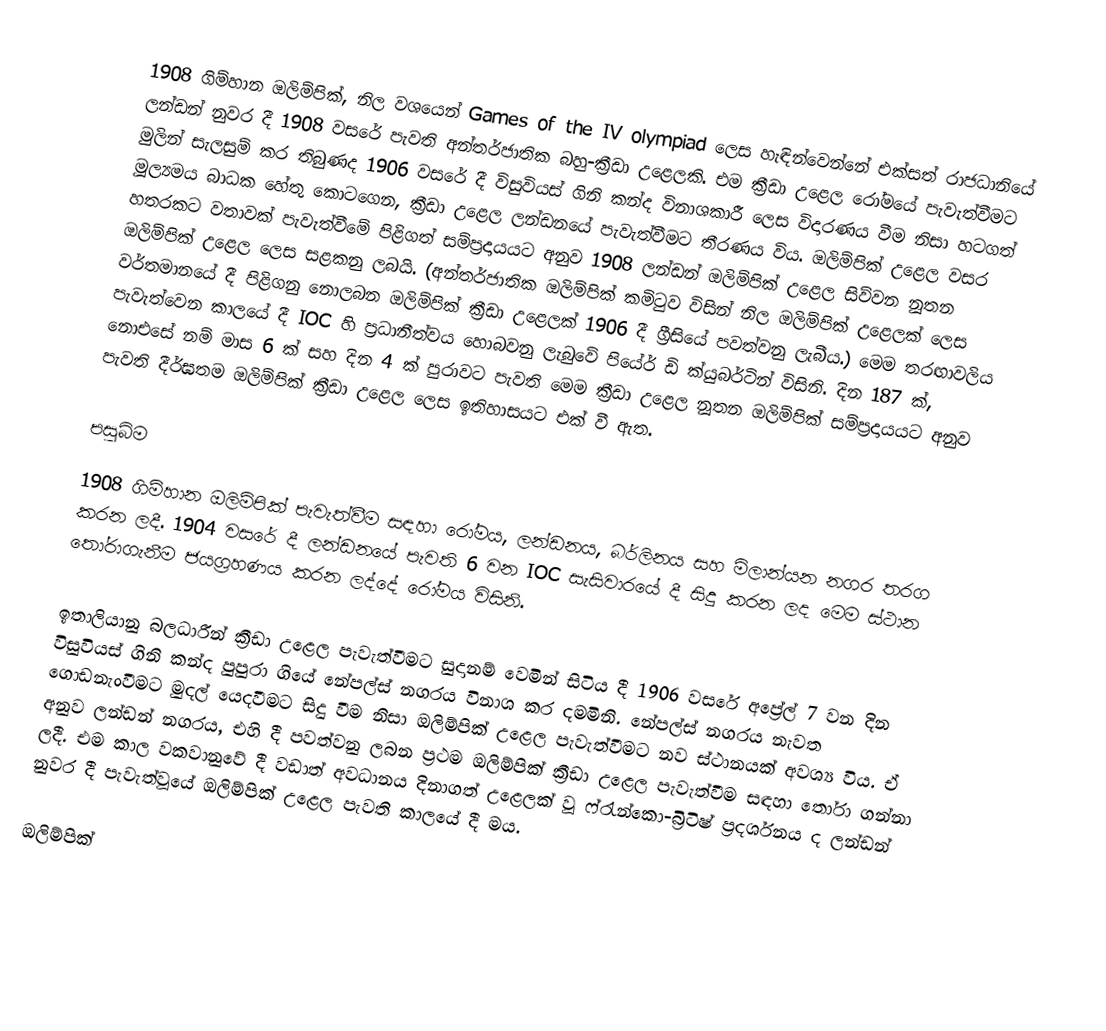
1908 ගිම්හාන ඔලිම්පික්, නිල වශයෙන් Games of the IV olympiad ලෙස හැඳින්වෙන්නේ එක්සත් රාජධානියේ ලන්ඩන් නුවර දී 1908 වසරේ පැවති අන්තර්ජාතික බහු-ක්‍රීඩා උළෙලකි. එම ක්‍රීඩා උළෙල රෝමයේ පැවැත්වීමට මුලින් සැලසුම් කර තිබුණද 1906 වසරේ දී විසුවියස් ගිනි කන්ද විනාශකාරී ලෙස විදාරණය වීම නිසා හටගත් මූල්‍යමය බාධක හේතු කොටගෙන, ක්‍රීඩා උළෙල ලන්ඩනයේ පැවැත්වීමට තීරණය විය. ඔලිම්පික් උළෙල වසර හතරකට වතාවක් පැවැත්වීමේ පිළිගත් සම්ප්‍රදායයට අනුව 1908 ලන්ඩන් ඔලිම්පික් උළෙල සිව්වන නූතන ඔලිම්පික් උළෙල ලෙස සළකනු ලබයි. (අන්තර්ජාතික ඔලිම්පික් කමිටුව විසින් නිල ඔලිම්පික් උළෙලක් ලෙස වර්තමානයේ දී පිළිගනු නොලබන ඔලිම්පික් ක්‍රීඩා උළෙලක් 1906 දී ග්‍රීසියේ පවත්වනු ලැබීය.) මෙම තරඟාවලිය පැවැත්වෙන කාලයේ දී IOC හි ප්‍රධානීත්වය හොබවනු ලැබුවේ පියේර් ඩි ක්යුබර්ටින් විසිනි. දින 187 ක්, නොඑසේ නම් මාස 6 ක් සහ දින 4 ක් පුරාවට පැවති මෙම ක්‍රීඩා උළෙල නූතන ඔලිම්පික් සම්ප්‍රදායයට අනුව පැවති දීර්ඝතම ඔලිම්පික් ක්‍රීඩා උළෙල ලෙස ඉතිහාසයට එක් වී ඇත.

පසුබිම
1908 ගිම්හාන ඔලිම්පික් පැවැත්වීම සඳහා රෝමය, ලන්ඩනය, බර්ලිනය සහ මිලාන්යන නගර තරග කරන ලදී. 1904 වසරේ දී ලන්ඩනයේ පැවති 6 වන IOC සැසිවාරයේ දී සිදු කරන ලද මෙම ස්ථාන තෝරාගැනීම ජයග්‍රහණය කරන ලද්දේ රෝමය විසිනි.

ඉතාලියානු බලධාරීන් ක්‍රීඩා උළෙල පැවැත්වීමට සුදානම් වෙමින් සිටිය දී 1906 වසරේ අප්‍රේල් 7 වන දින විසුවියස් ගිනි කන්ද පුපුරා ගියේ නේපල්ස් නගරය විනාශ කර දමමිනි. නේපල්ස් නගරය නැවත ගොඩනැංවීමට මුදල් යෙදවීමට සිදු වීම නිසා ඔලිම්පික් උළෙල පැවැත්වීමට නව ස්ථානයක් අවශ්‍ය විය. ඒ අනුව ලන්ඩන් නගරය, එහි දී පවත්වනු ලබන ප්‍රථම ඔලිම්පික් ක්‍රීඩා උළෙල පැවැත්වීම සඳහා තෝරා ගන්නා ලදී. එම කාල වකවානුවේ දී වඩාත් අවධානය දිනාගත් උළෙලක් වූ ෆ්රැන්කො-බ්‍රිටිෂ් ප්‍රදර්ශනය ද ලන්ඩන් නුවර දී පැවැත්වූයේ ඔලිම්පික් උළෙල පැවති කාලයේ දී මය.

ඔලිම්පික්